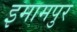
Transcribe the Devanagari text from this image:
इमामपुर